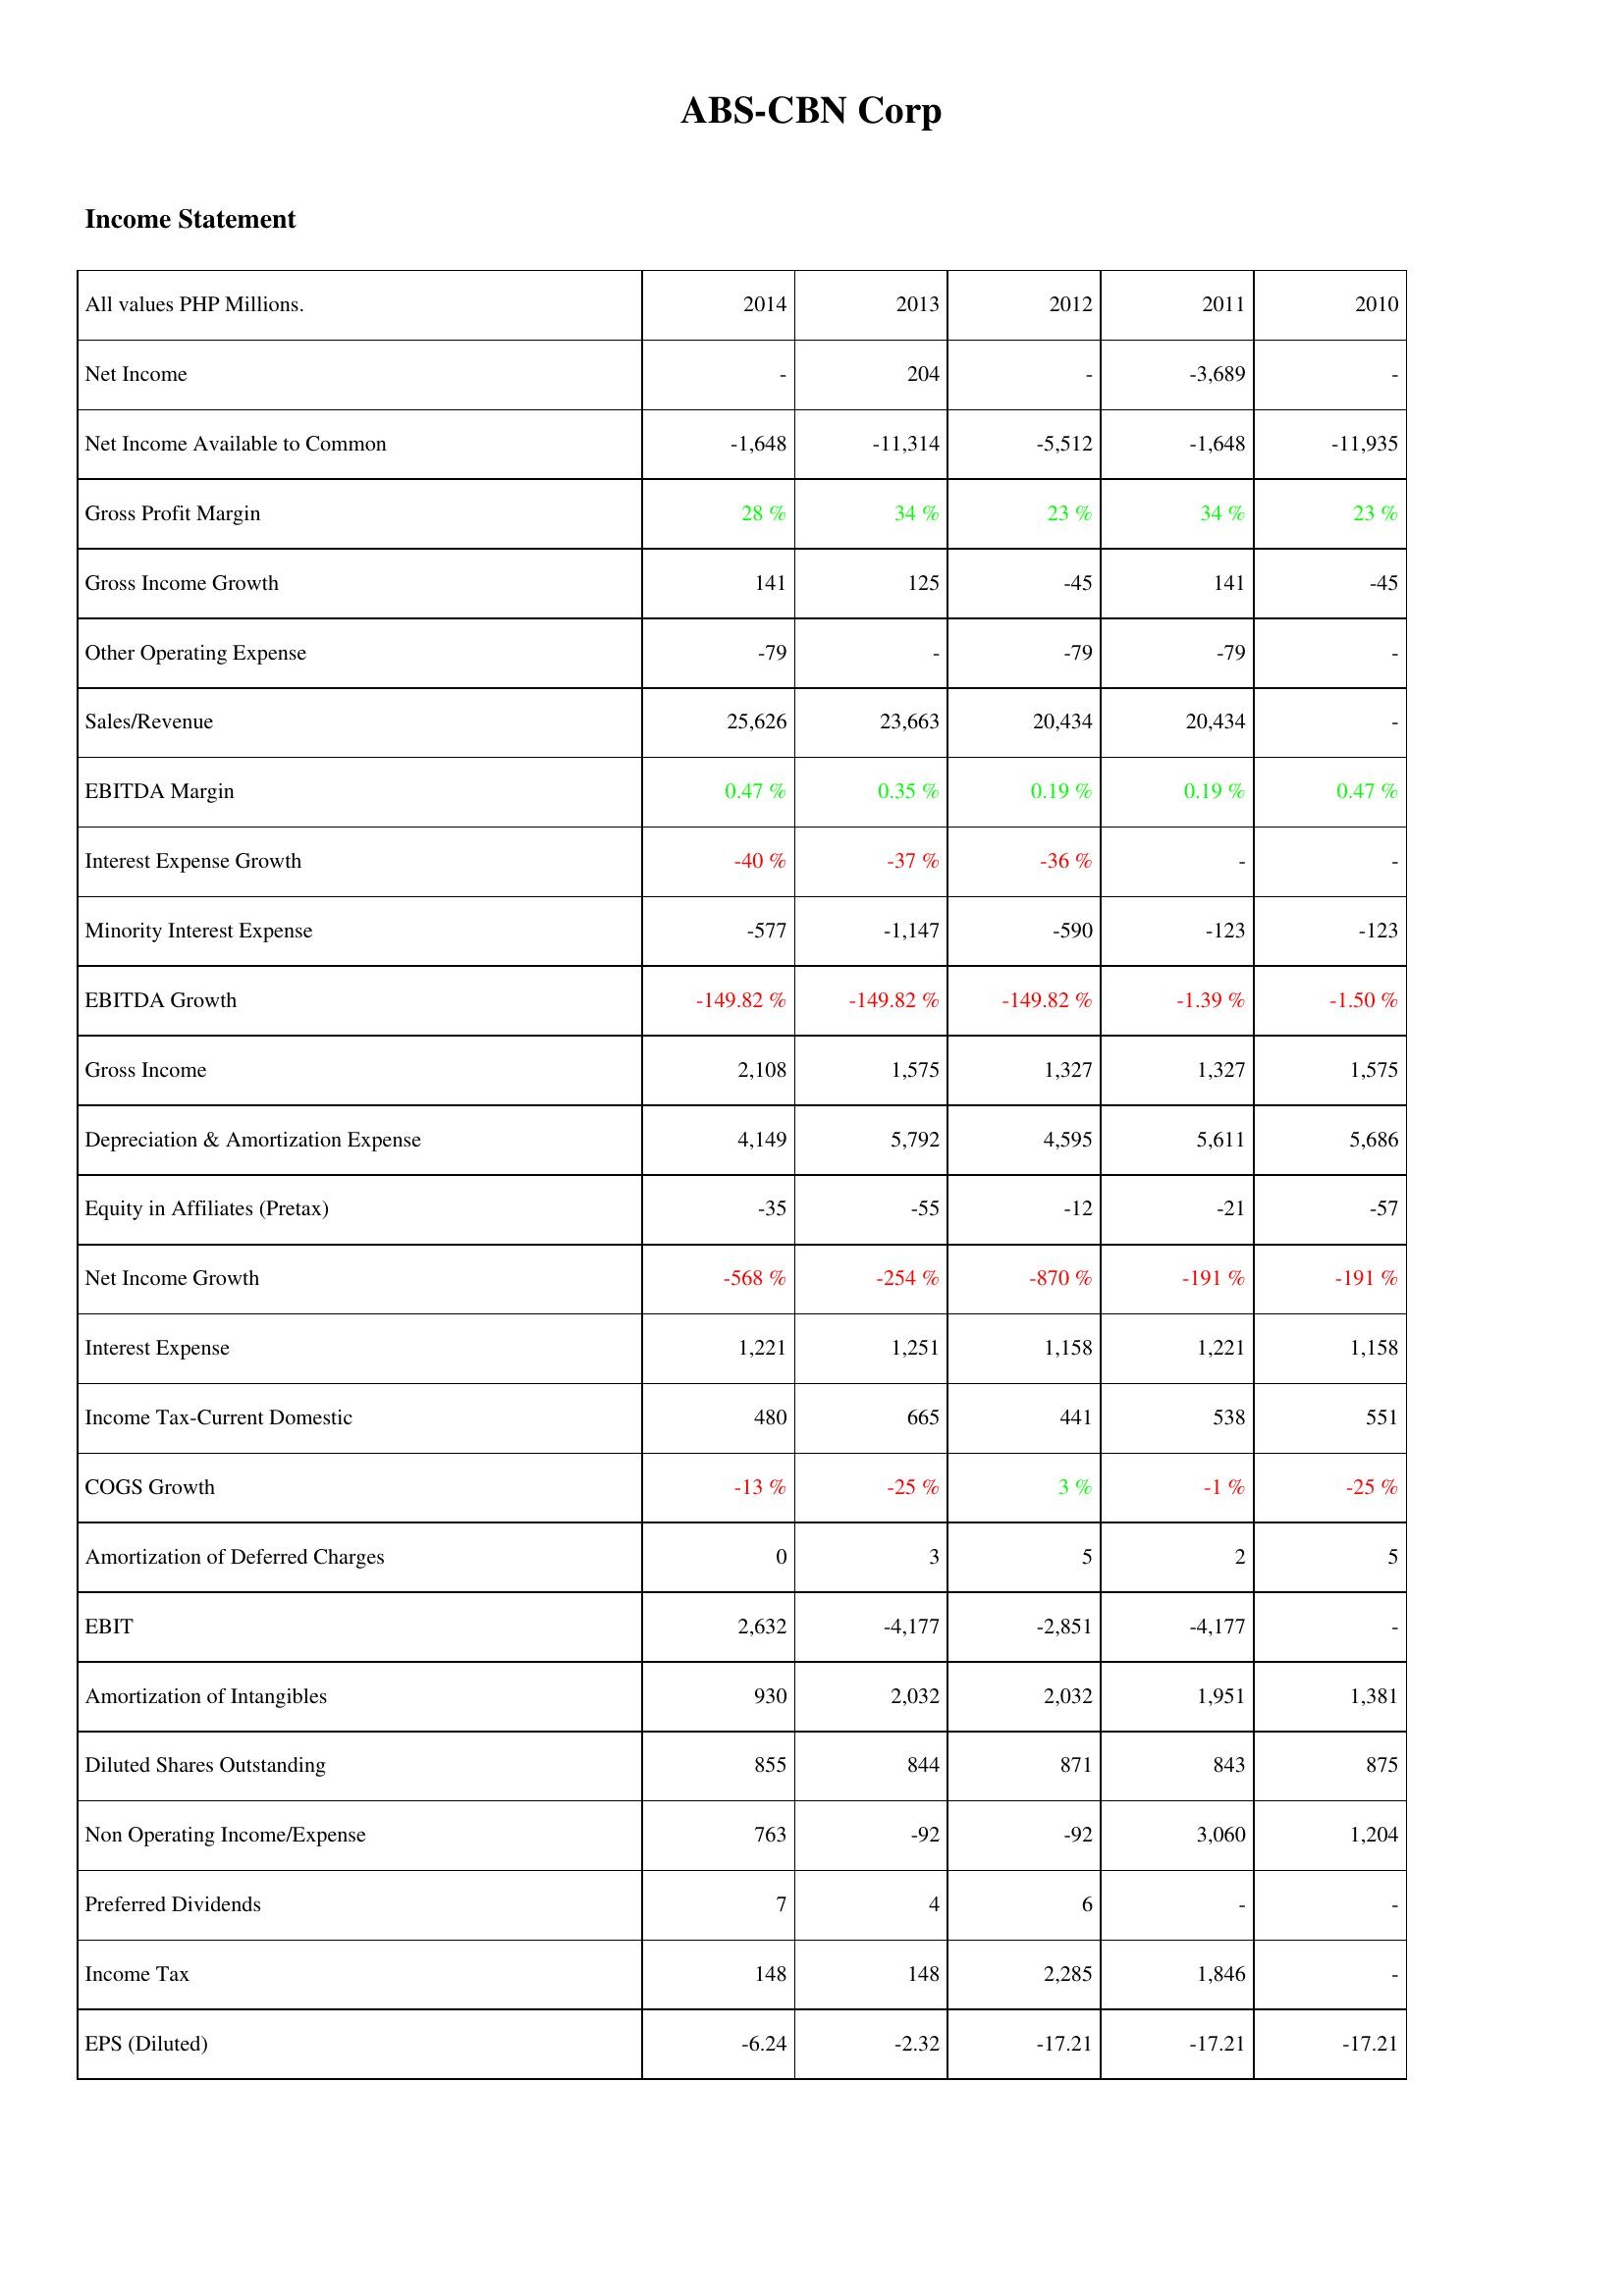
2014: Income Statement: Net Income: -
Net Income Available to Common: -1,648
Gross Profit Margin: 28 %
Gross Income Growth: 141
Other Operating Expense: -79
Sales/Revenue: 25,626
EBITDA Margin: 0.47 %
Interest Expense Growth: -40 %
Minority Interest Expense: -577
EBITDA Growth: -149.82 %
Gross Income: 2,108
Depreciation & Amortization Expense: 4,149
Equity in Affiliates (Pretax): -35
Net Income Growth: -568 %
Interest Expense: 1,221
Income Tax-Current Domestic: 480
COGS Growth: -13 %
Amortization of Deferred Charges: 0
EBIT: 2,632
Amortization of Intangibles: 930
Diluted Shares Outstanding: 855
Non Operating Income/Expense: 763
Preferred Dividends: 7
Income Tax: 148
EPS (Diluted): -6.24
2013: Income Statement: Net Income: 204
Net Income Available to Common: -11,314
Gross Profit Margin: 34 %
Gross Income Growth: 125
Other Operating Expense: -
Sales/Revenue: 23,663
EBITDA Margin: 0.35 %
Interest Expense Growth: -37 %
Minority Interest Expense: -1,147
EBITDA Growth: -149.82 %
Gross Income: 1,575
Depreciation & Amortization Expense: 5,792
Equity in Affiliates (Pretax): -55
Net Income Growth: -254 %
Interest Expense: 1,251
Income Tax-Current Domestic: 665
COGS Growth: -25 %
Amortization of Deferred Charges: 3
EBIT: -4,177
Amortization of Intangibles: 2,032
Diluted Shares Outstanding: 844
Non Operating Income/Expense: -92
Preferred Dividends: 4
Income Tax: 148
EPS (Diluted): -2.32
2012: Income Statement: Net Income: -
Net Income Available to Common: -5,512
Gross Profit Margin: 23 %
Gross Income Growth: -45
Other Operating Expense: -79
Sales/Revenue: 20,434
EBITDA Margin: 0.19 %
Interest Expense Growth: -36 %
Minority Interest Expense: -590
EBITDA Growth: -149.82 %
Gross Income: 1,327
Depreciation & Amortization Expense: 4,595
Equity in Affiliates (Pretax): -12
Net Income Growth: -870 %
Interest Expense: 1,158
Income Tax-Current Domestic: 441
COGS Growth: 3 %
Amortization of Deferred Charges: 5
EBIT: -2,851
Amortization of Intangibles: 2,032
Diluted Shares Outstanding: 871
Non Operating Income/Expense: -92
Preferred Dividends: 6
Income Tax: 2,285
EPS (Diluted): -17.21
2011: Income Statement: Net Income: -3,689
Net Income Available to Common: -1,648
Gross Profit Margin: 34 %
Gross Income Growth: 141
Other Operating Expense: -79
Sales/Revenue: 20,434
EBITDA Margin: 0.19 %
Interest Expense Growth: -
Minority Interest Expense: -123
EBITDA Growth: -1.39 %
Gross Income: 1,327
Depreciation & Amortization Expense: 5,611
Equity in Affiliates (Pretax): -21
Net Income Growth: -191 %
Interest Expense: 1,221
Income Tax-Current Domestic: 538
COGS Growth: -1 %
Amortization of Deferred Charges: 2
EBIT: -4,177
Amortization of Intangibles: 1,951
Diluted Shares Outstanding: 843
Non Operating Income/Expense: 3,060
Preferred Dividends: -
Income Tax: 1,846
EPS (Diluted): -17.21
2010: Income Statement: Net Income: -
Net Income Available to Common: -11,935
Gross Profit Margin: 23 %
Gross Income Growth: -45
Other Operating Expense: -
Sales/Revenue: -
EBITDA Margin: 0.47 %
Interest Expense Growth: -
Minority Interest Expense: -123
EBITDA Growth: -1.50 %
Gross Income: 1,575
Depreciation & Amortization Expense: 5,686
Equity in Affiliates (Pretax): -57
Net Income Growth: -191 %
Interest Expense: 1,158
Income Tax-Current Domestic: 551
COGS Growth: -25 %
Amortization of Deferred Charges: 5
EBIT: -
Amortization of Intangibles: 1,381
Diluted Shares Outstanding: 875
Non Operating Income/Expense: 1,204
Preferred Dividends: -
Income Tax: -
EPS (Diluted): -17.21